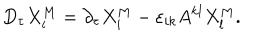
LaTeX: D _ { \tau } X _ { i } ^ { M } = \partial _ { \tau } X _ { i } ^ { M } - \varepsilon _ { i k } A ^ { k l } X _ { l } ^ { M } .